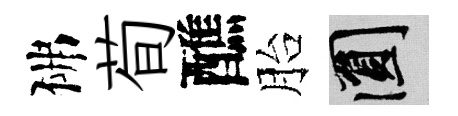
佛荀醮胎圓